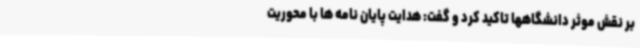
بر نقش موثر دانشگاهها تاکید کرد و گفت: هدایت پایان نامه ها با محوریت